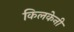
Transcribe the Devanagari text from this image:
किलकेनी